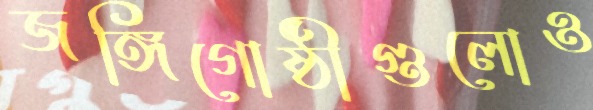
জঙ্গিগোষ্ঠীগুলোও